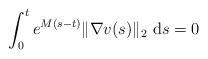
LaTeX: \begin{align*}\int_0^t e^{M(s-t)} \|\nabla v(s)\|_2\ \mathrm{d}s = 0 \end{align*}